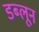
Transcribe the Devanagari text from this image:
डब्लून